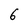
Character: 6